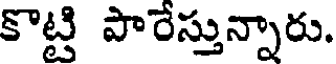
కొట్టి పారేస్తున్నారు.